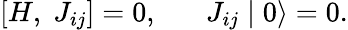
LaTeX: [H,\; J_{ij}]=0,\; \; \; \; \; \; J_{ij}\mid 0\rangle=0.